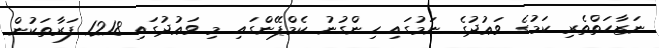
ނަޒާހަތްތެރި ކަމުގެ ވަޢުދުގެ ނަމުގައި ހިންގުނު ކެމްޕޭންގައި މި ވަޢުދުގައި 1218 ފަރާތަކުން